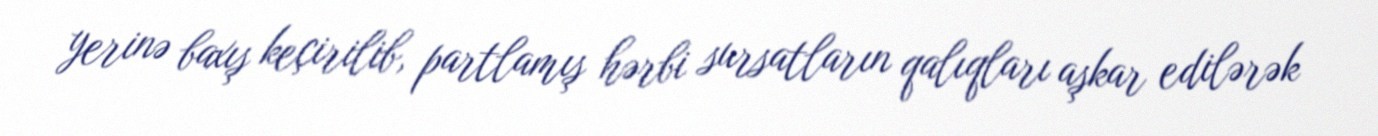
yerinə baxış keçirilib, partlamış hərbi sursatların qalıqları aşkar edilərək